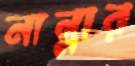
নান্নার